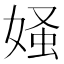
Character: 𪦄